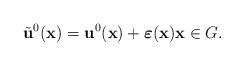
LaTeX: \begin{align*}\tilde{\mathbf{u}}^{0}(\mathbf{x}) = \mathbf{u}^{0}(\mathbf{x}) + \boldsymbol{\varepsilon}(\mathbf{x}) \mathbf{x} \in G.\end{align*}